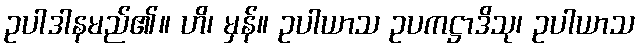
ဥပါဒါနမည်၏။ ဟိ၊ မှန်။ ဥပါယာသ ဥပကဋ္ဌာဒိသု၊ ဥပါယာသ